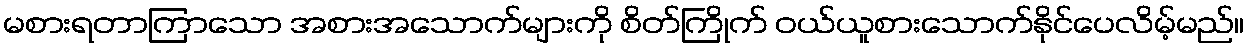
မစားရတာကြာသော အစားအသောက်များကို စိတ်ကြိုက် ဝယ်ယူစားသောက်နိုင်ပေလိမ့်မည်။